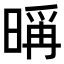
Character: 𣉁